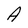
Character: A